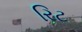
રિટ